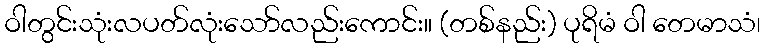
ဝါတွင်းသုံးလပတ်လုံးသော်လည်းကောင်း။ (တစ်နည်း) ပုရိမံ ဝါ တေမာသံ၊